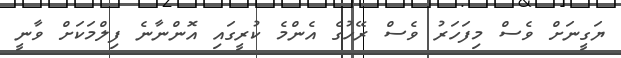
ޔަގީނަށް ވެސް މިފަހަރު ވެސް ރޭހުގެ އެންމެ ކުރީގައި އޮންނާނެ ފިލްމަކަށް ވާނީ